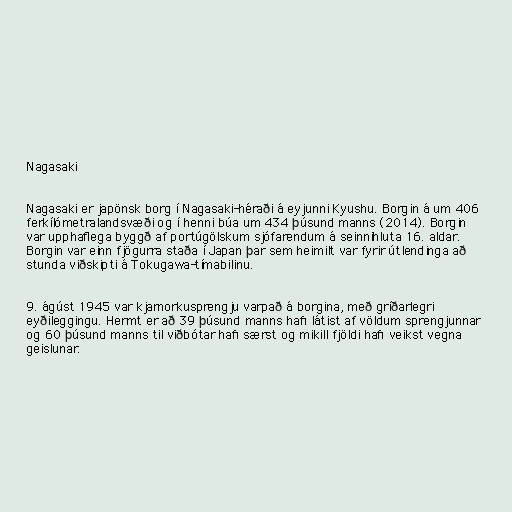
Nagasaki

Nagasaki er japönsk borg í Nagasaki-héraði á eyjunni Kyushu. Borgin á um 406
ferkílómetralandsvæði og í henni búa um 434 þúsund manns (2014). Borgin
var upphaflega byggð af portúgölskum sjófarendum á seinnihluta 16. aldar.
Borgin var einn fjögurra staða í Japan þar sem heimilt var fyrir útlendinga að
stunda viðskipti á Tokugawa-tímabilinu.

9. ágúst 1945 var kjarnorkusprengju varpað á borgina, með gríðarlegri
eyðileggingu. Hermt er að 39 þúsund manns hafi látist af völdum sprengjunnar
og 60 þúsund manns til viðbótar hafi særst og mikill fjöldi hafi veikst vegna
geislunar.